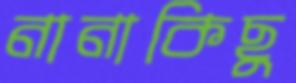
নানাকিছু